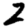
Digit: 2